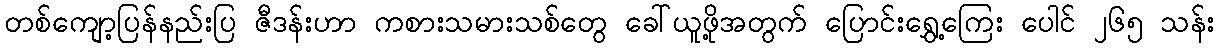
တစ်ကျော့ပြန်နည်းပြ ဇီဒန်းဟာ ကစားသမားသစ်တွေ ခေါ်ယူဖို့အတွက် ပြောင်းရွှေ့ကြေး ပေါင် ၂၆၅ သန်း